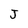
Character: J